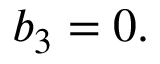
b _ { 3 } = 0 .